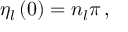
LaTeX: \eta _ { l } \left( 0 \right) = n _ { l } \pi \, ,